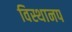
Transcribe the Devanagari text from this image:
विस्थानप